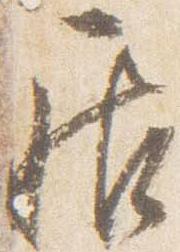
居